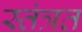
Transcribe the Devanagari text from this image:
स्तंत्रत